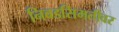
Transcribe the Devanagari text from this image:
निवडसिमतीवर